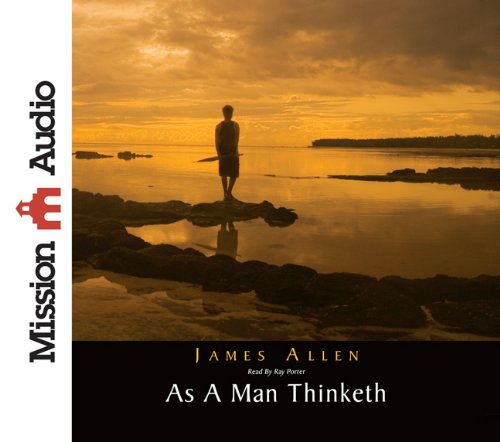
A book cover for As A Man Thinketh; James Allen; Reference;